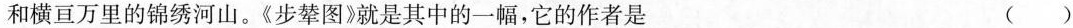
和横亘万里的锦绣河山。《步辇图》就是其中的一幅，它的作者是 ( )